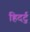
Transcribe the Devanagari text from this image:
हिदर्टु